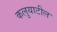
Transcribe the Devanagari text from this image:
कलुयाटील